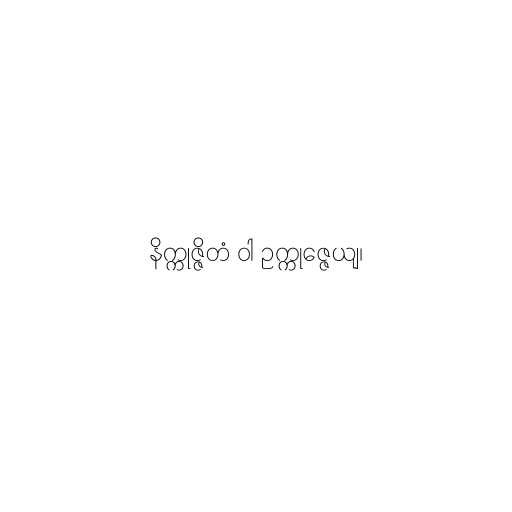
နိက္ကုဇ္ဇိတံ ဝါ ဥက္ကုဇ္ဇေယျ၊